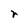
Character: r